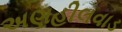
અણહીલવાડ